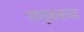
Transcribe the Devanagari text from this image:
पदानुक्रमाच्या